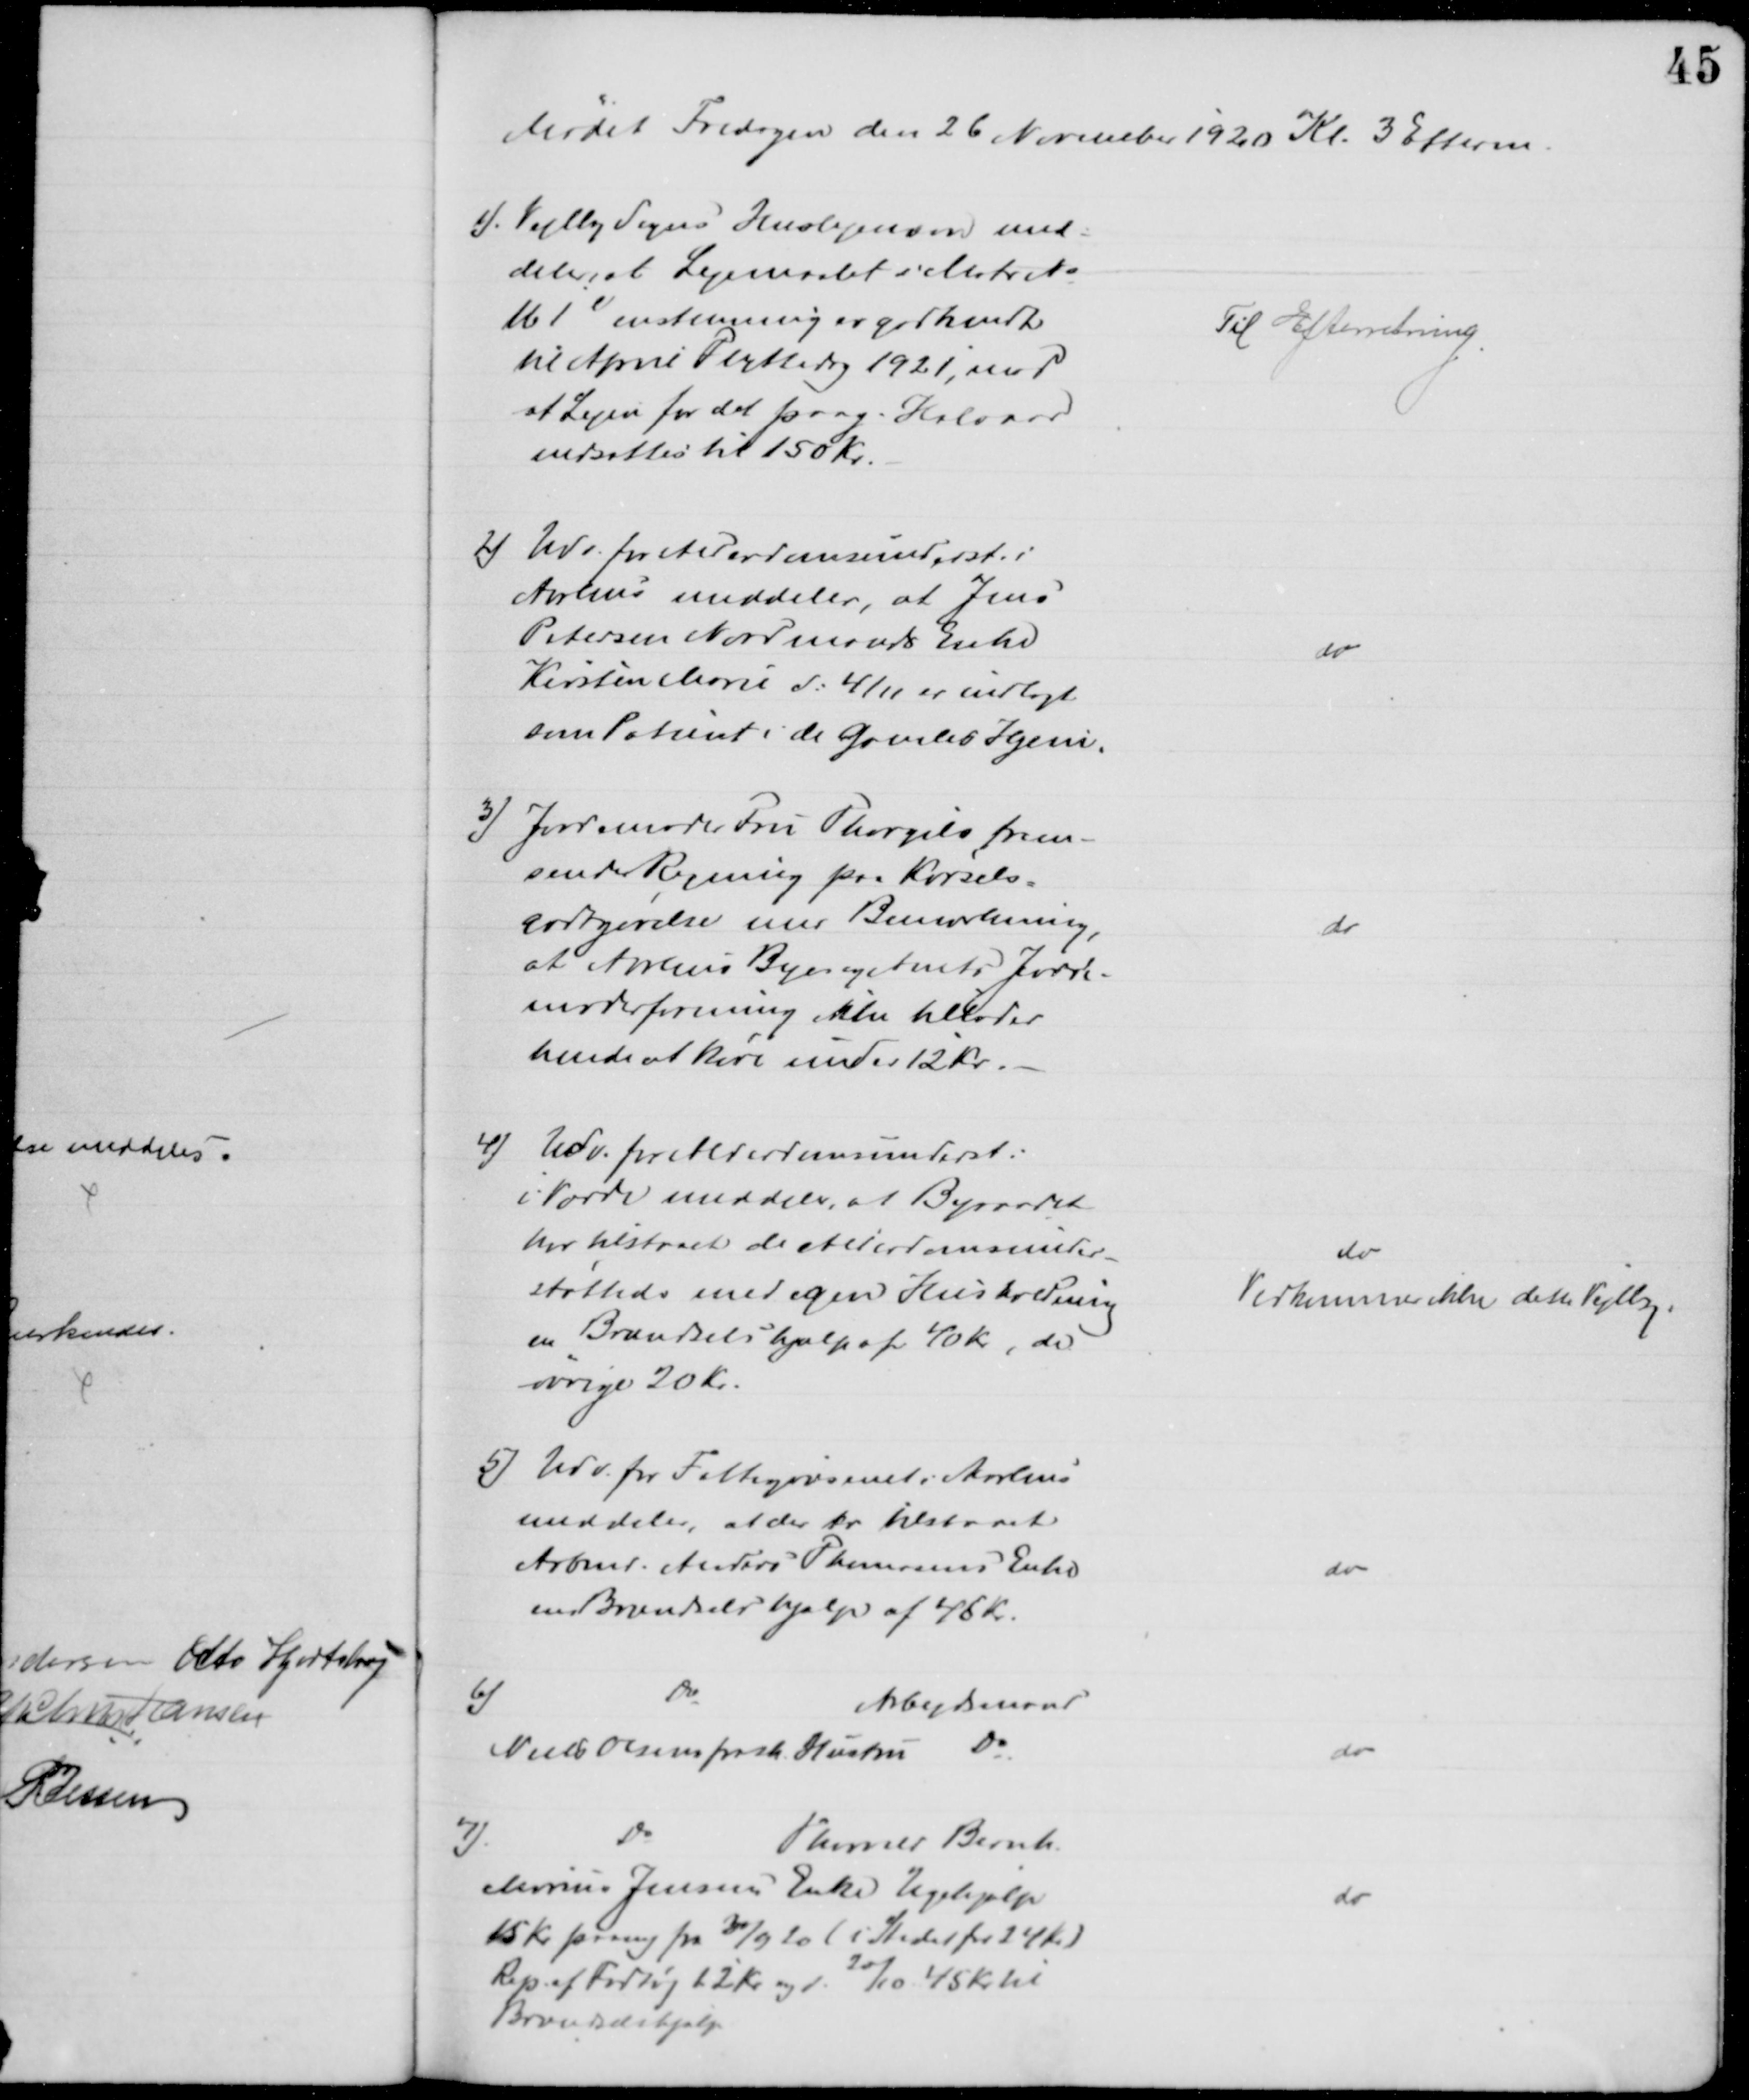
Transskription:
Mødet Fredagen den 26 November 1920 Kl. 3 Efterm.
1). Vejlby Sogns Huslejenævn med-
deler, at Lejemaalet i Matr №
161e enstemmig er godkendt
til April Flyttedag 1921, mod
at Lejen for det paag. Halvaar
nedsættes til 150 Kr.
Til Efterretning.
2) Udv. for Alderdomsunderst. i
Aarhus meddeler, at Jens
Petersen Nordmands Enke
Kirsten Marie d: 4/11 er indlagt
som Patient i de Gamles Hjem.
do
3) Jordemoder Fru Thorgils frem-
sender Regning paa Kørsels=
godtgørelse med Bemærkning,
at Aarhus By og Amts Jorde-
moderforening ikke tillader
hende at køre under 12 Kr.
do
4) Udv. for Alderdomsunderst:
i Varde meddeler, at Byraadet
har tilstaaet de Alderdomsunder-
støttede med egen Husholdning
en Brændselshjælp af 40 Kr, de
øvrige 20 Kr.
do
Vedkommer ikke dette Vejlby.
5) Udv. for Fattigvæsenet i Aarhus
meddeler, at der er tilstaaet
Arbmd. Anders Thomsens Enke
en Brændselshjælp af 45 Kr.
do
6)
Do
Arbejdsmand
Niels Olsens frask. Hustru Do
do
7)
Do
Thorvald Bernh.
Marius Jensens Enke Ugehjælp
15 Kr paany fra 30/9 20 (i Stedet for 24 Kr.)
Rep. af Fodtøj 12 Kr og d. 20/10 45 Kr. til
Brændselshjælp
do